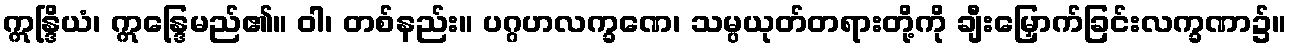
ဣန္ဒြိယံ၊ ဣန္ဒြေမည်၏။ ဝါ၊ တစ်နည်း။ ပဂ္ဂဟလက္ခဏေ၊ သမ္ပယုတ်တရားတို့ကို ချီးမြှောက်ခြင်းလက္ခဏာ၌။